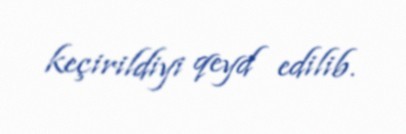
keçirildiyi qeyd edilib.